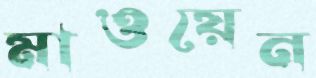
মাওয়েন